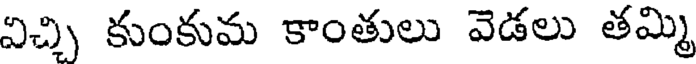
విచ్చి కుంకుమ కాంతులు వెడలు తమ్మి